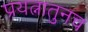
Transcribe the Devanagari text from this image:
प्रयत्नातुनच